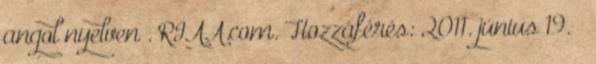
angol nyelven . RIAA.com. Hozzáférés: 2011. június 19. ↑